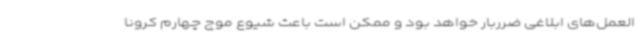
العمل‌های ابلاغی ضرربار خواهد بود و ممکن است باعث شیوع موج چهارم کرونا